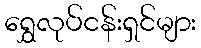
ရွှေလုပ်ငန်းရှင်များ